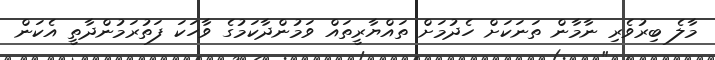
މާލެ ބިރުވެރި ނާމާން ތަނަކަށް ހެދުމަށް ތައްޔާރީތައް ވަމުންދާކަމުގެ ވާހަކަ ފަތުރަމުންދާތީ އެކަން